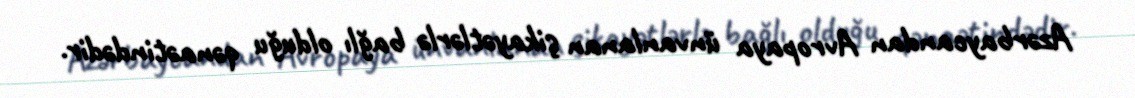
Azərbaycandan Avropaya ünvanlanan şikayətlərlə bağlı olduğu qənaətindədir.